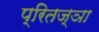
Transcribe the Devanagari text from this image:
प्रितज्ञा